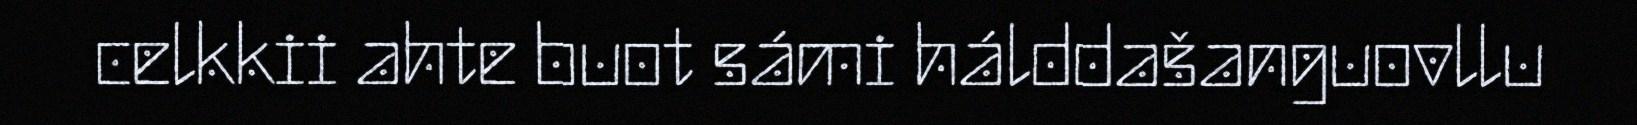
celkkii ahte buot sámi hálddašanguovllu